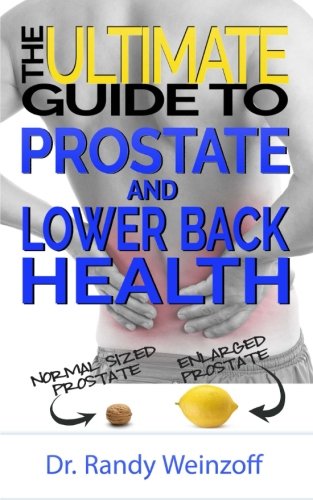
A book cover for The Ultimate Guide To Prostate and Lower Back Health; Randy Weinzoff; Health, Fitness & Dieting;